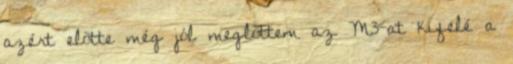
azért elõtte még jól meglõttem az M3-at kifelé a